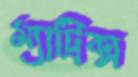
ম্যাট্রিক্স